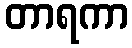
တာရကာ